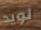
لويد